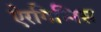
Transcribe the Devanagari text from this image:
ऐरगिन्निस